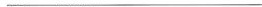
___